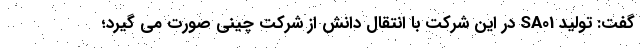
گفت: تولید SA01 در این شرکت با انتقال دانش از شرکت چینی صورت می گیرد؛